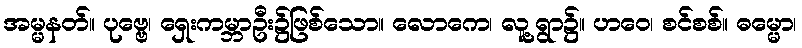
အမ္မနတ်။ ပုဗ္ဗေ၊ ရှေးကမ္ဘာဦး၌ဖြစ်သော။ လောကေ၊ လူ့ရွာ၌။ ဟဝေ၊ စင်စစ်။ ဓမ္မော၊